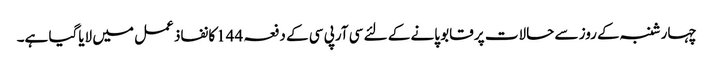
چہارشنبہ کے روز سے حالات پر قابو پانے کے لئے سی آرپی سی کے دفعہ 144کا نفاذ عمل میں لایاگیا ہے۔